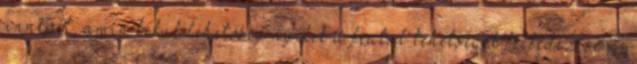
ünnepét, amin belül lehetőség nyílik a fiatal tehetségek felfedezésére,